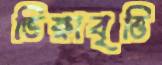
ভিক্ষাবৃত্তি